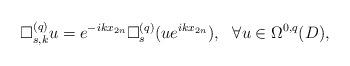
LaTeX: \begin{align*}\Box^{(q)}_{s,k}u=e^{-ikx_{2n}}\Box^{(q)}_s(ue^{ikx_{2n}}),\ \ \forall u\in\Omega^{0,q}(D),\end{align*}